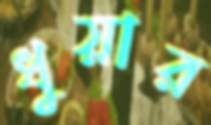
ধুয়ার